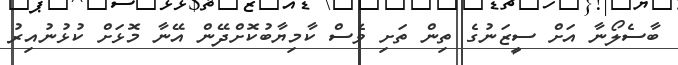
ބާސެލޯނާ އަށް ސީޒަނުގެ ތިން ތަށި ވެސް ކާމިޔާބުކޮށްދޭން އޭނާ މޮޅަށް ކުޅުނުއިރު